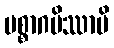
ပစ္စာဂမိဿာမိ